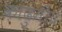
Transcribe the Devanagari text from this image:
काढुनी॥